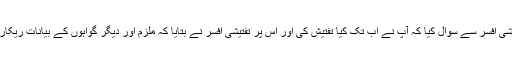
عدالت نے تفتیشی افسر سے سوال کیا کہ آپ نے اب تک کیا تفتیش کی اور اس پر تفتیشی افسر نے بتایا کہ ملزم اور دیگر گواہوں کے بیانات ریکارڈ کر لیے ہیں۔